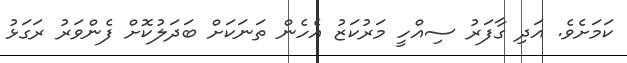
ކަމަށެވެ. އަދި ގާފަރު ސިއްހީ މަރުކަޒު އެހެން ތަނަކަށް ބަދަލުކޮށް ފެންވަރު ރަގަޅު